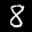
Label: 8